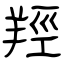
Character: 羥